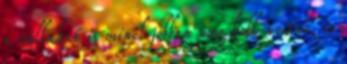
a vállakat is minél jobban meg kell nyitni, és